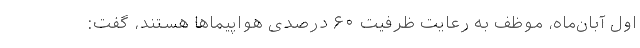
اول آبان‌ماه، موظف به رعایت ظرفیت ۶۰ درصدی هواپیماها هستند، گفت: